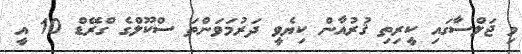
މި ޖަލްސާގައި ކީރިތި ޤުރުއާން ކިޔެވީ ދަރުމަވަންތަ ސްކޫލްގެ ގްރޭޑް 10 އީ